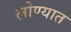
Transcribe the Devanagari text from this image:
लोण्यात